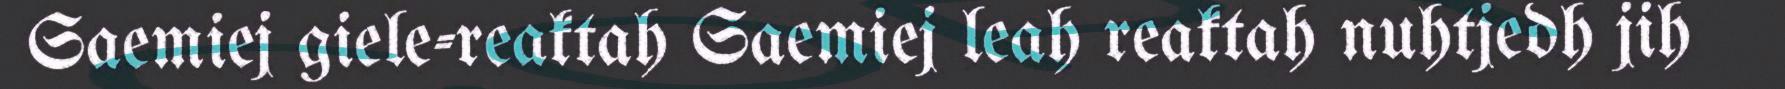
Saemiej giele-reaktah Saemiej leah reaktah nuhtjedh jih